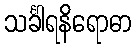
သင်္ခါရနိရောဓာ